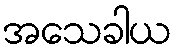
အသေခါယ